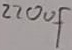
Text: 220uF